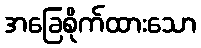
အခြေစိုက်ထားသော